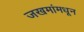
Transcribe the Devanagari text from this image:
जखमांमधून